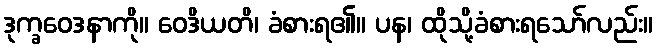
ဒုက္ခဝေဒနာကို။ ဝေဒိယတိ၊ ခံစားရ၏။ ပန၊ ထိုသို့ခံစားရသော်လည်း။